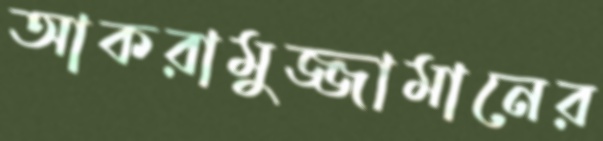
আকরামুজ্জামানের